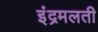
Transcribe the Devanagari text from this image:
इंद्रमलती